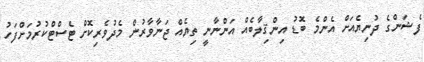
ފެޝަންގެ ދުނިޔެއަށް އެންމެ ބޮޑު އިންޤިލާބެއް އަންނާނީ ތިޔެއް ޖަނާވާރުން މެދުވެރިކޮށް ޓެސްޓްކުރުމަށްފަހު